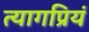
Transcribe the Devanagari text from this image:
त्यागप्रियं